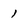
Character: 1